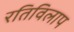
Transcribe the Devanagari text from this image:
रतिविलाप